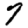
Digit: 7